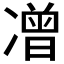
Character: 𭂡